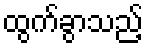
ထွက်ခွာသည့်